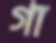
গা